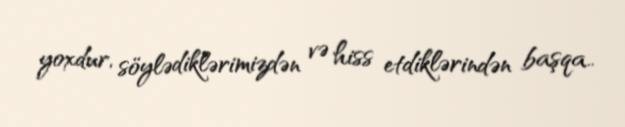
yoxdur, söylədiklərimizdən və hiss etdiklərindən başqa..